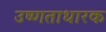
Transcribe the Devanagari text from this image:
उष्णताधारक